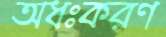
অধঃকরণ